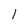
Character: 1